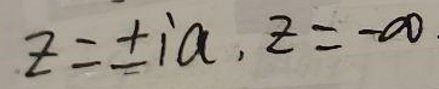
$z = \pm i a, z = - a$